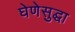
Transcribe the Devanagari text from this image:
घेणेसुद्घा